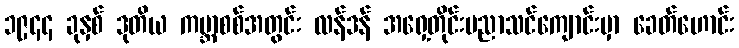
၁၉၄၄ ခုနှစ် ဒုတိယ ကမ္ဘာစစ်အတွင်း လန်ဒန် အရှေ့တိုင်းပညာသင်ကျောင်းမှာ ခေတ်ဟောင်း